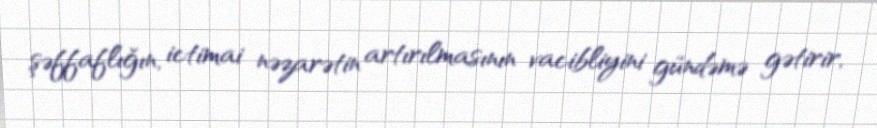
şəffaflığın, ictimai nəzarətin artırılmasının vacibliyini gündəmə gətirir,